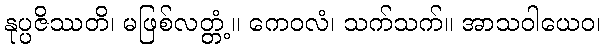
နုပ္ပဇိဿတိ၊ မဖြစ်လတ္တံ့။ ကေဝလံ၊ သက်သက်။ အာသဝါယေဝ၊